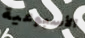
الأسبوعية